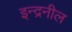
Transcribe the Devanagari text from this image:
इन्द्रनील